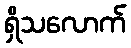
ရှိသလောက်